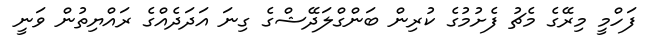
ފަހްމީ މިރޭގެ މެޗު ފެށުމުގެ ކުރިން ބަންގްލަދޭޝްގެ ގިނަ އަދަދެއްގެ ރައްޔިތުން ވަނީ